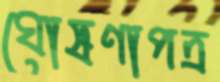
ঘোষণাপত্র